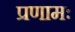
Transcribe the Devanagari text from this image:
प्रणामः